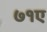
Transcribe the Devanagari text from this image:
७१ए